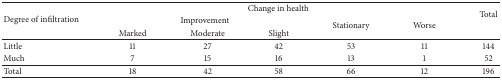
<table><thead><tr><td rowspan="3"><b>Degree of infiltration</b></td><td colspan="5"><b>Change in health</b></td><td><b>Total</b></td></tr><tr><td colspan="3"><b>Improvement</b></td><td rowspan="2"><b>Stationary</b></td><td rowspan="2"><b>Worse</b></td></tr><tr><td><b>Marked</b></td><td><b>Moderate</b></td><td><b>Slight</b></td></tr></thead><tbody><tr><td>Little </td><td>11</td><td>27</td><td>42</td><td>53</td><td>11</td><td>144</td></tr><tr><td>Much</td><td>7</td><td>15</td><td>16</td><td>13</td><td>1</td><td>52</td></tr><tr><td>Total</td><td>18</td><td>42</td><td>58</td><td>66</td><td>12</td><td>196</td></tr></tbody></table>